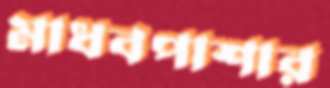
মাধবপাশার